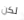
لكن